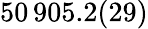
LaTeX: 50\, 905.2(29)